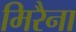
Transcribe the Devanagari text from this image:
मिरैना